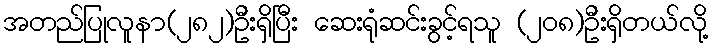
အတည်ပြုလူနာ(၂၈၂)ဦးရှိပြီး ဆေးရုံဆင်းခွင့်ရသူ (၂၀၈)ဦးရှိတယ်လို့